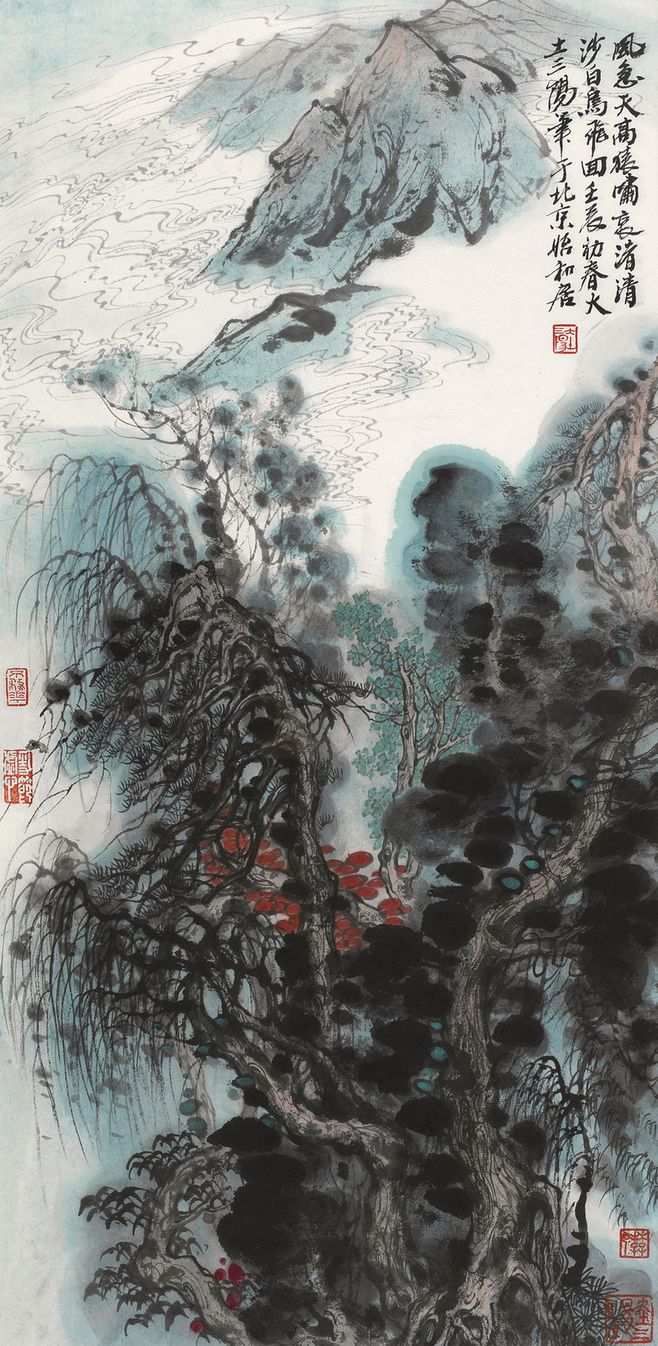
风急天高猿啸哀，渚清沙白鸟飞回。